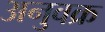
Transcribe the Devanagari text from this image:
अनुवक्र